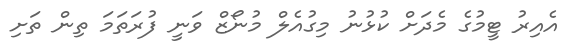
އެއިރު ޓީމުގެ މެދަށް ކުޅުނު މިގުއެލް މުނޯޒް ވަނީ ފުރަތަމަ ތިން ތަށި